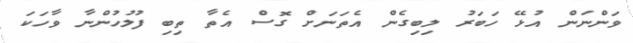
ވަންނަން އުޅޭ ހަބަރު ލިބިގެން އެތަނަށް ގޮސް އެތާ ތިބި ފުލުހުންނާ ވާހަކަ